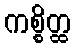
ကစ္စိတ္ထ